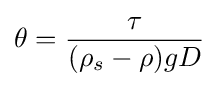
\theta ={\frac {\tau }{(\rho _{s}-\rho )gD}}